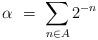
LaTeX: \begin{align*}\alpha \ = \ \sum\limits_{n \in A} 2^{-n}\end{align*}